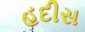
હદીસ